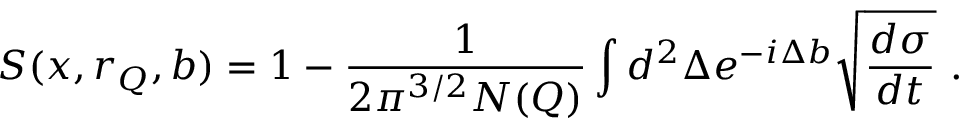
S ( x , r _ { Q } , b ) = 1 - \frac { 1 } { 2 \pi ^ { 3 / 2 } N ( Q ) } \int d ^ { 2 } \Delta e ^ { - i \Delta b } \sqrt { \frac { d \sigma } { d t } } \ .